Report on sanitation, dispensaries, and jails in Rajputana for 1909, and on vaccination for the year 1909-1910 - 1909-1910
Year: 1909
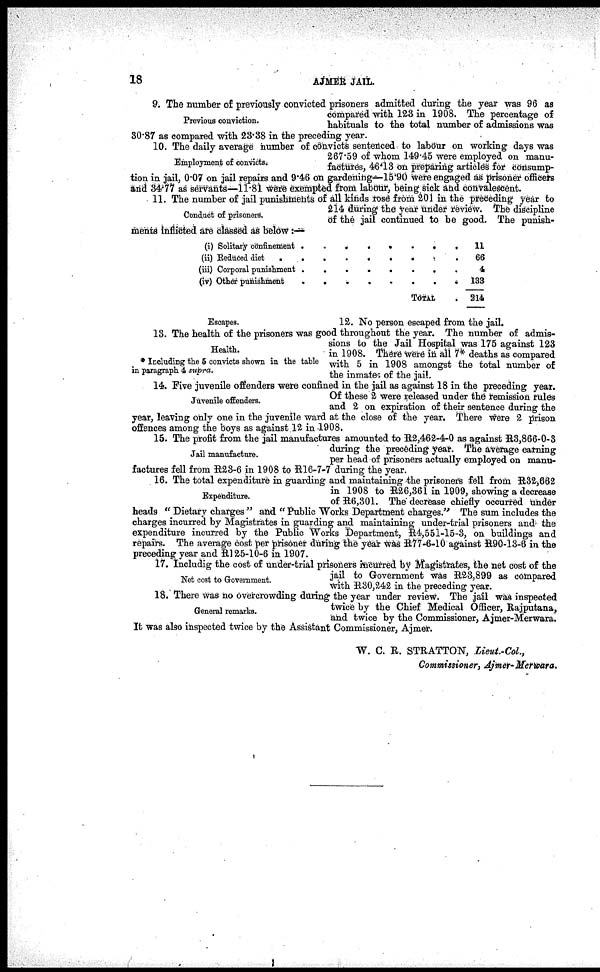
18
AJMER JAIL.
Previous conviction.
9. The number of previously convicted prisoners admitted during the year was 96 as
compared with 123 in 1908. The percentage of
habituals to the total number of admissions was
30.87 as compared with 23.38 in the preceding year.
Employment of convicts.
10. The daily average number of convicts sentenced to labour on working days was
267.59 of whom 149.45 were employed on manu-
factures, 46.13 on preparing articles for consump-
tion in jail, 0.07 on jail repairs and 9.46 on gardening—15.90 were engaged as prisoner officers
and 34.77 as servants—11.81 were exempted from labour, being sick and convalescent.
Conduct of prisoners.
11. The number of jail punishments of all kinds rose from 201 in the preceding year to
214 during the year under review. The discipline
of the jail continued to be good. The punish-
ments inflicted are classed as below :—
(i) Solitary confinement . . . . . . . .
(ii) Reduced diet . . . . . . . . .
(iii) Corporal punishment . . . . . . . .
(iv) Other punishment . . . . . . . .
TOTAL .
11
66
4
133
214
Escapes.
12. No person escaped from the jail.
Health.
* Including the 5 convicts shown in the table
in paragraph 4 supra.
13. The health of the prisoners was good throughout the year. The number of admis-
sions to the Jail Hospital was 175 against 123
in 1908. There were in all 7* deaths as compared
with 5 in 1908 amongst the total number of
the inmates of the jail.
Juvenile offenders.
14. Five juvenile offenders were confined in the jail as against 18 in the preceding year.
Of these 2 were released under the remission rules
and 2 on expiration of their sentence during the
year, leaving only one in the juvenile ward at the close of the year. There were 2 prison
offences among the boys as against 12 in 1908.
Jail manufacture.
15. The profit from the jail manufactures amounted to R2,462-4-0 as against R3,866-0-3
during the preceding year. The average earning
per head of prisoners actually employed on manu-
factures fell from R23-6 in 1908 to R16-7-7 during the year.
Expenditure.
16. The total expenditure in guarding and maintaining the prisoners fell from R32,662
in 1908 to R26,361 in 1909, showing a decrease
of R6,301. The decrease chiefly occurred under
heads " Dietary charges " and " Public Works Department charges." The sum includes the
charges incurred by Magistrates in guarding and maintaining under-trial prisoners and the
expenditure incurred by the Public Works Department, R4,551-15-3, on buildings and
repairs. The average cost per prisoner during the year was R77-6-10 against R90-13-6 in the
preceding year and R125-10-6 in 1907.
Net cost to Government.
17. Includig the cost of under-trial prisoners incurred by Magistrates, the net cost of the
jail to Government was R23,899 as compared
with R30,242 in the preceding year.
General remarks.
18. There was no overcrowding during the year under review. The jail was inspected
twice by the Chief Medical Officer, Rajputana,
and twice by the Commissioner, Ajmer-Merwara.
It was also inspected twice by the Assistant Commissioner, Ajmer.
W. C. R. STRATTON, Lieut.-Col.,
Commissioner, Ajmer-Merwara.